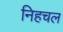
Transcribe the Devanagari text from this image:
निहचल